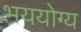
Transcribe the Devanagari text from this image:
भययोग्य